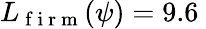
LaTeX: L_{\mathrm{~f~i~r~m~}}(\psi)=9.6\